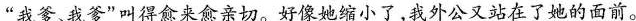
“我爹、我爹”叫得愈来愈亲切。好像她缩小了，我外公又站在了她的面前。